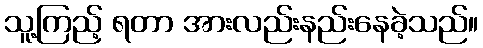
သူ့ကြည့် ရတာ အားလည်းနည်းနေခဲ့သည်။